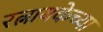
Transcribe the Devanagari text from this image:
रत्नायकेच्या